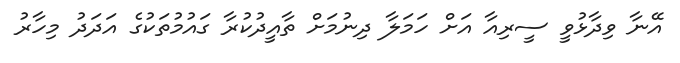
އޭނާ ވިދާޅުވީ ސީރިއާ އަށް ހަމަލާ ދިނުމަށް ތާއީދުކުރާ ގައުމުތަކުގެ އަދަދު މިހާރު